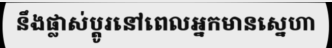
នឹងផ្លាស់ប្តូរនៅពេលអ្នកមានស្នេហា